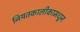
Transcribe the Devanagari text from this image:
नियतकालीकामधून